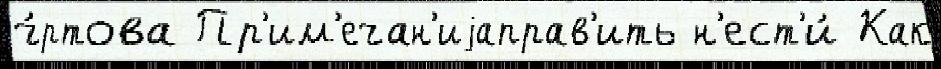
ч́ртова Пр'им'ечан'иjаправ'ить н'ест'и́ Как